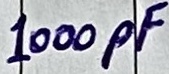
Text: 1000pF